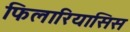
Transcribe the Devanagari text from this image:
फिलारियासिस